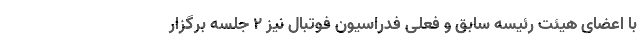
با اعضای هیئت رئیسه سابق و فعلی فدراسیون فوتبال نیز ۲ جلسه برگزار